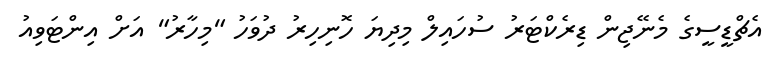
އެޗްޑީސީގެ މެނޭޖިން ޑިރެކްޓަރު ސުހައިލް މިދިޔަ ހޮނިހިރު ދުވަހު "މިހާރު" އަށް އިންޓަވިއު